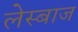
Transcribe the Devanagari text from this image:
लेस्बाज